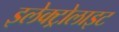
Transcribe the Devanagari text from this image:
इलेक्‍ट्रोलाइट